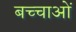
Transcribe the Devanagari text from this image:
बच्चाओं